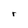
Character: r